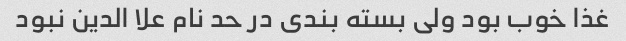
غذا خوب بود ولی بسته بندی در حد نام علا الدین نبود